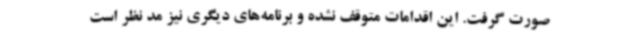
صورت گرفت. این اقدامات متوقف نشده و برنامه‌های دیگری نیز مد نظر است